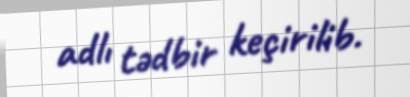
adlı tədbir keçirilib.